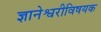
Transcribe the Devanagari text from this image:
ज्ञानेश्वरीविषयक